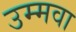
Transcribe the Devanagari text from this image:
उम्मवा